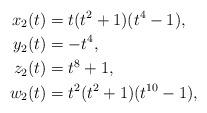
LaTeX: \begin{align*}x_2(t)&=t(t^2+1)(t^4-1),\\y_2(t)&=-t^4,\\z_2(t)&=t^8+1,\\w_2(t)&=t^2(t^2 + 1)(t^{10}-1),\end{align*}